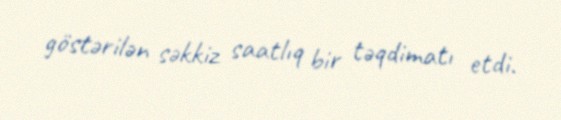
göstərilən səkkiz saatlıq bir təqdimatı etdi.